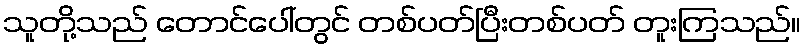
သူတို့သည် တောင်ပေါ်တွင် တစ်ပတ်ပြီးတစ်ပတ် တူးကြသည်။